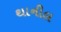
થાનીલ